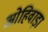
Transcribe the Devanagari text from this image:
ओहिवाड़ा